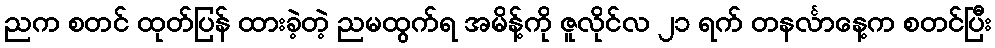
ညက စတင် ထုတ်ပြန် ထားခဲ့တဲ့ ညမထွက်ရ အမိန့်ကို ဇူလိုင်လ ၂၁ ရက် တနင်္လာနေ့က စတင်ပြီး